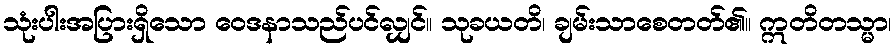
သုံးပါးအပြားရှိသော ဝေဒနာသည်ပင်လျှင်။ သုခယတိ၊ ချမ်းသာစေတတ်၏။ ဣတိတသ္မာ၊